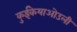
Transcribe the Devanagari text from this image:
कुईकेयाओउली